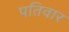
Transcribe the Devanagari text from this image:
पतिवार